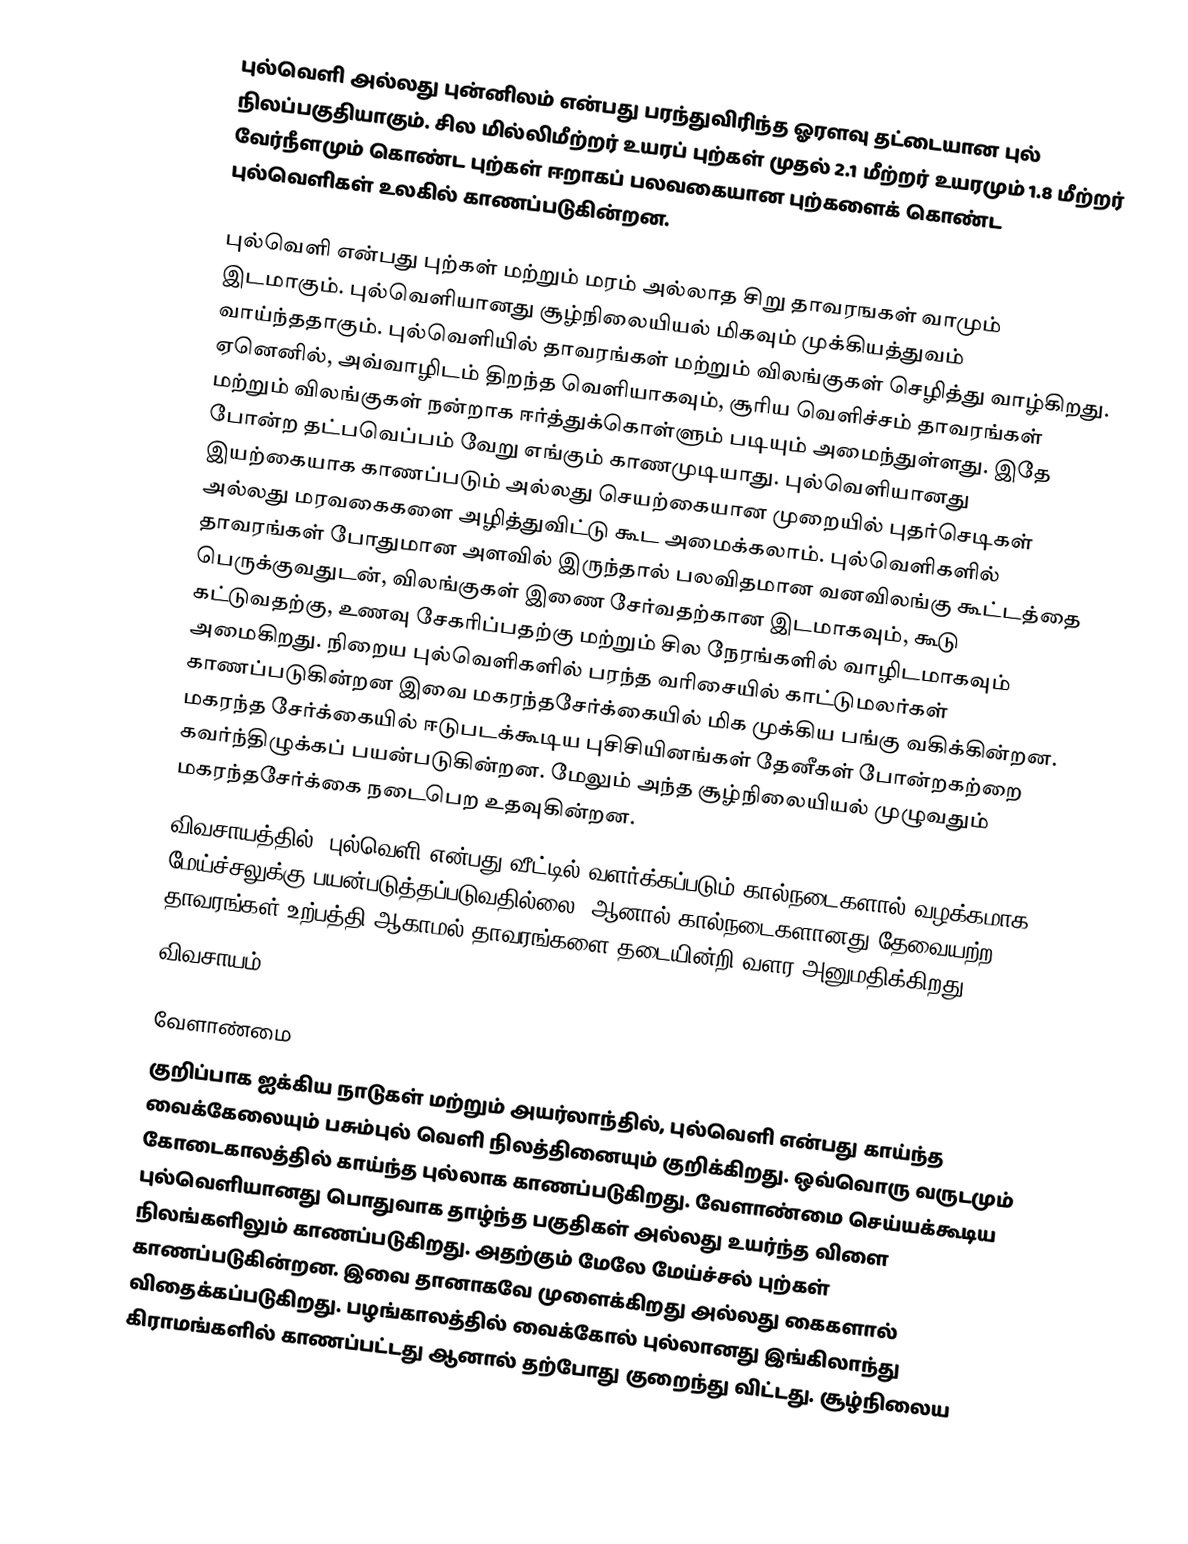
புல்வெளி அல்லது புன்னிலம் என்பது பரந்துவிரிந்த ஓரளவு தட்டையான புல் நிலப்பகுதியாகும். சில மில்லிமீற்றர் உயரப் புற்கள் முதல் 2.1 மீற்றர் உயரமும் 1.8 மீற்றர் வேர்நீளமும் கொண்ட புற்கள் ஈறாகப் பலவகையான புற்களைக் கொண்ட புல்வெளிகள் உலகில் காணப்படுகின்றன.

புல்வெளி என்பது புற்கள் மற்றும் மரம் அல்லாத சிறு தாவரஙகள் வாமும் இடமாகும். புல்வெளியானது சூழ்நிலையியல் மிகவும் முக்கியத்துவம் வாய்ந்ததாகும்.  புல்வெளியில் தாவரங்கள் மற்றும் விலங்குகள் செழித்து வாழ்கிறது. ஏனெனில், அவ்வாழிடம் திறந்த வெளியாகவும், சூாிய வெளிச்சம் தாவரங்கள் மற்றும் விலங்குகள் நன்றாக ஈர்த்துக்கொள்ளும் படியும் அமைந்துள்ளது. இதே போன்ற தட்பவெப்பம் வேறு எங்கும் காணமுடியாது. புல்வெளியானது இயற்கையாக காணப்படும் அல்லது செயற்கையான முறையில் புதர்செடிகள் அல்லது மரவகைகளை அழித்துவிட்டு கூட அமைக்கலாம். புல்வெளிகளில் தாவரங்கள் போதுமான அளவில் இருந்தால் பலவிதமான வனவிலங்கு கூட்டத்தை பெருக்குவதுடன், விலங்குகள் இணை சேர்வதற்கான இடமாகவும், கூடு கட்டுவதற்கு, உணவு  சேகாிப்பதற்கு மற்றும் சில நேரங்களில் வாழிடமாகவும் அமைகிறது. நிறைய புல்வெளிகளில் பரந்த வாிசையில் காட்டுமலர்கள் காணப்படுகின்றன இவை மகரந்தசேர்க்கையில் மிக முக்கிய பங்கு வகிக்கின்றன. மகரந்த சேர்க்கையில் ஈடுபடக்கூடிய புசிசியினங்கள் தேனீகள் போன்றகற்றை கவர்ந்திழுக்கப் பயன்படுகின்றன. மேலும் அந்த சூழ்நிலையியல் முழுவதும் மகரந்தசேர்க்கை நடைபெற உதவுகின்றன.
விவசாயத்தில், புல்வெளி என்பது வீட்டில் வளர்க்கப்படும் கால்நடைகளால் வழக்கமாக மேய்ச்சலுக்கு பயன்படுத்தப்படுவதில்லை, ஆனால் கால்நடைகளானது தேவையற்ற தாவரங்கள் உற்பத்தி ஆகாமல்  தாவரங்களை தடையின்றி வளர அனுமதிக்கிறது.
விவசாயம்

வேளாண்மை
குறிப்பாக ஐக்கிய நாடுகள் மற்றும் அயர்லாந்தில், புல்வெளி என்பது காய்ந்த வைக்கேலையும் பசும்புல் வெளி நிலத்தினையும் குறிக்கிறது. ஒவ்வொரு வருடமும் கோடைகாலத்தில் காய்ந்த புல்லாக காணப்படுகிறது. வேளாண்மை செய்யக்கூடிய புல்வெளியானது பொதுவாக தாழ்ந்த பகுதிகள் அல்லது உயர்ந்த விளை நிலங்களிலும் காணப்படுகிறது. அதற்கும் மேலே மேய்ச்சல் புற்கள் காணப்படுகின்றன. இவை தானாகவே முளைக்கிறது அல்லது கைகளால் விதைக்கப்படுகிறது. பழங்காலத்தில் வைக்கோல் புல்லானது இங்கிலாந்து கிராமங்களில் காணப்பட்டது ஆனால் தற்போது குறைந்து விட்டது. சூழ்நிலைய